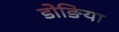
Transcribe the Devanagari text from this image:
डोङिया